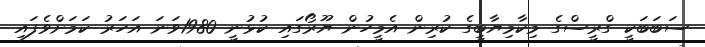
ސަބަބަކީ ގްރީސްގެ މިކާމިޔާބީގެ ކުރިން އެމީހުން ޔޫރޯގައި ކުޅުނީ 1980ވަނަ އަހަރު ކަމަށްވެފައި